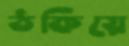
ঠকিয়ে